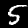
Label: 5